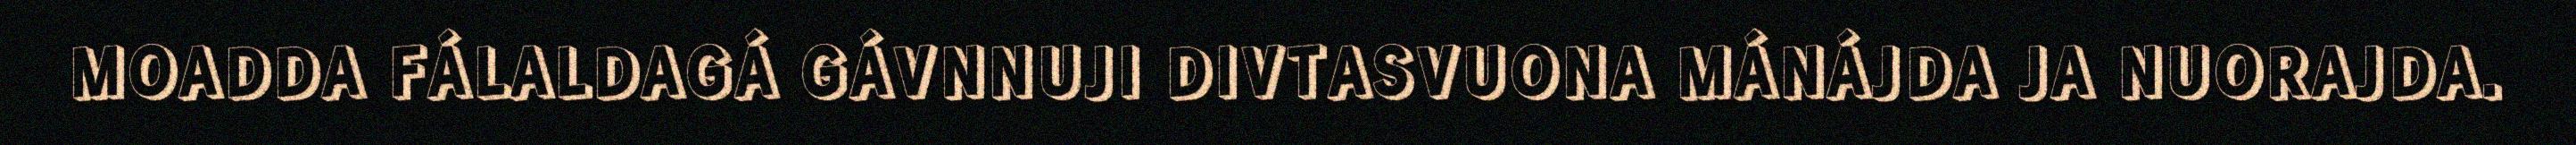
MOADDA FÁLALDAGÁ GÁVNNUJI DIVTASVUONA MÁNÁJDA JA NUORAJDA.